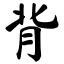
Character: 背